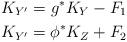
LaTeX: \begin{align*}K_{Y^{\prime}}=g^{\ast} K_Y -F_1\\K_{Y^{\prime}}=\phi^{\ast}K_Z+F_2 \end{align*}